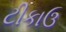
ટીકાઉ